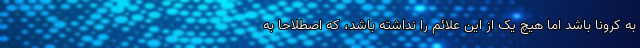
به کرونا باشد اما هیچ یک از این علائم را نداشته باشد، که اصطلاحا به